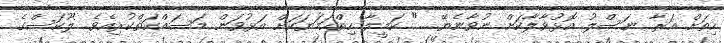
ހިތަށް އަރާ ނަސްލު އޮޅުވާލާކަށް ނުވާނެޔޭ....." ކަމީލާ ހިތްހަމަޔަކަށް އަޅުވަން މަސައްކަތްކުރިއެވެ. ލޫކަސްގެ